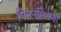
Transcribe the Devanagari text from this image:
पित्तनलिकेची